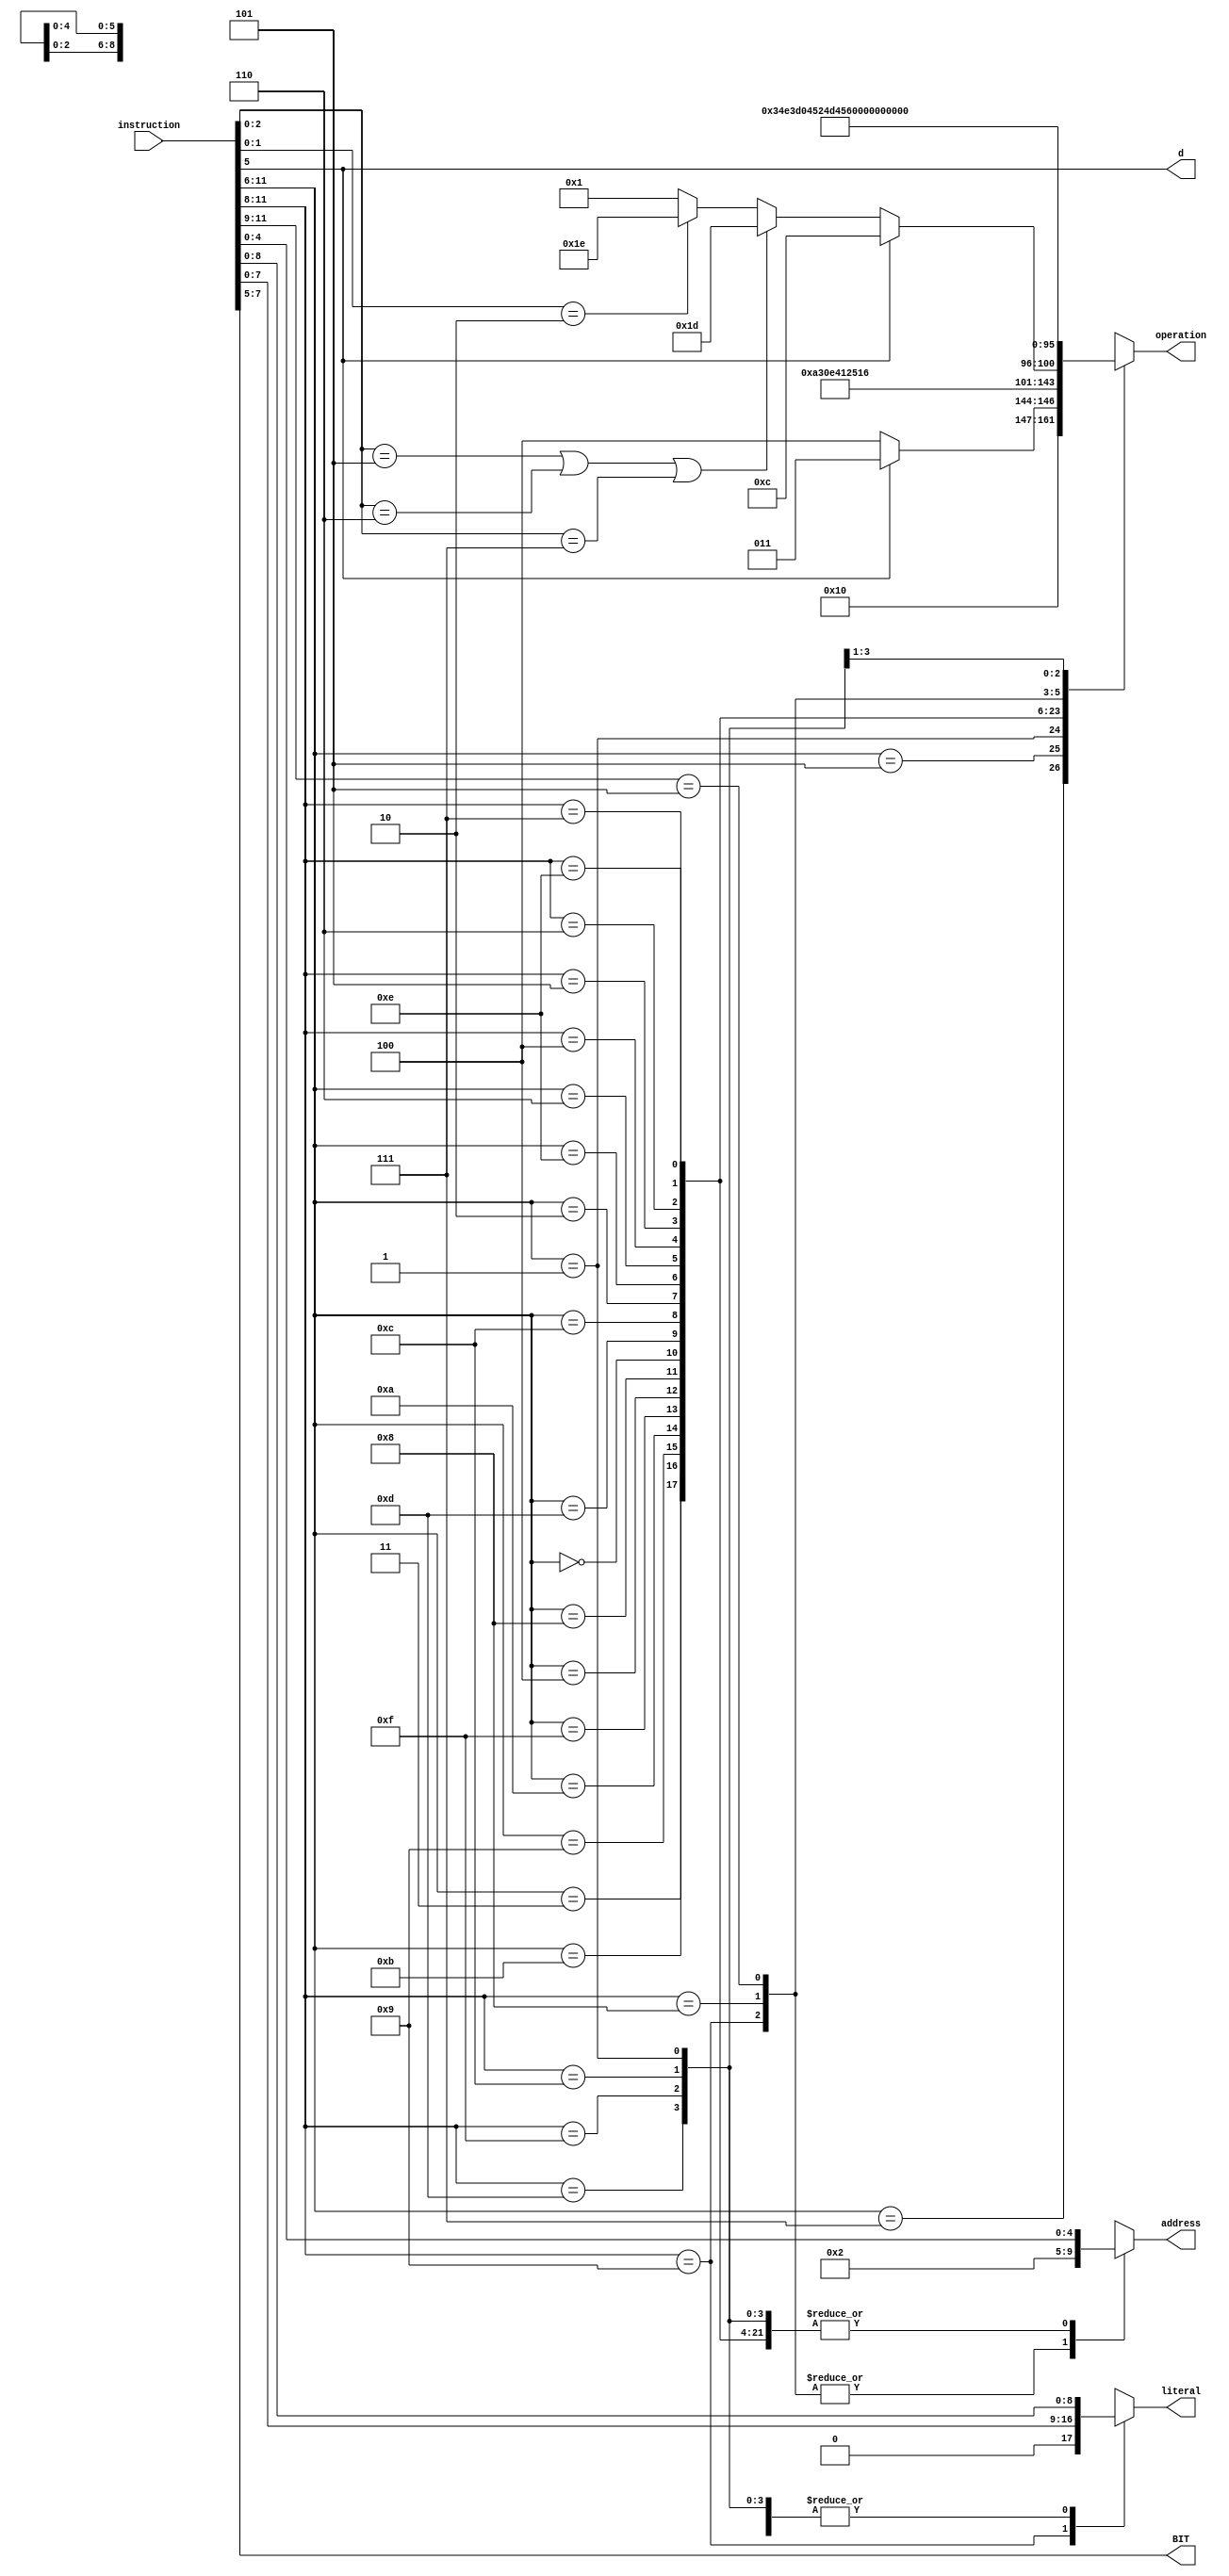
`timescale 1ns / 1ps
//////////////////////////////////////////////////////////////////////////////////
// Company: 
// Engineer: 
// 
// Design Name: 
// Module Name:    decoder 
// Project Name: 
// Target Devices: 
// Tool versions: 
// Description: 
//
// Dependencies: 
//
// Revision: 
// Revision 0.01 - File Created
// Additional Comments: 
//
//////////////////////////////////////////////////////////////////////////////////
module decoder(operation, literal, address, instruction, d, BIT);
	output	reg	[5:0]	operation;
	output	reg	[8:0]	literal;
	output	reg	[4:0]	address;
	output	reg			d;
	output	reg	[2:0]	BIT;
	input		[11:0]		instruction;

	parameter ADDWF = 6'd0;
	parameter OTHERS = 6'd1;
	parameter ANDWF = 6'd2;
	parameter CLRF = 6'd3;
	parameter CLRW = 6'd4;
	parameter DECF = 6'd5;
	parameter DECFSZ = 6'd6;
	parameter COMF = 6'd7;
	parameter INCF = 6'd8;
	parameter INCFSZ = 6'd9;
	parameter IORWF = 6'd10;
	parameter MOVF = 6'd11;
	parameter MOVWF = 6'd12;
	parameter RLF = 6'd13;
	parameter RRF = 6'd14;
	parameter SUBWF = 6'd15;
	parameter SWAPF = 6'd16;
	parameter XORWF = 6'd17;
	parameter BCF = 6'd18;
	parameter BSF = 6'd19;
	parameter BTFSC = 6'd20;
	parameter BTFSS = 6'd21;
	parameter ANDWL = 6'd22;
	parameter CALL = 6'd23;
	parameter RETLW = 6'd24;
	parameter GOTO = 6'd25;
	parameter IORLW = 6'd26;
	parameter XORLW = 6'd27;
	parameter MOVLW = 6'd28;
	parameter TRIS = 6'd29;
	parameter OPTION = 6'd30;
	
	always@(*)
	begin
		literal = instruction[8:0];
		d = instruction[5];
		BIT = instruction[7:5];
		address = instruction[4:0];
		casex(instruction[11:6])
			6'b000111:
			begin
				operation = ADDWF;
			end
			
			6'b000101:
			begin
				operation = ANDWF;
			end
			
			6'b000001:
			begin
				if(instruction[5] == 1)
				begin
					operation = CLRF;
				end
				else
				begin
					operation = CLRW;
				end
			end
			
			6'b000011:
			begin
				operation = DECF;
			end
			
			6'b001011:
			begin
				operation = DECFSZ;
			end
			
			6'b001001:
			begin
				operation = COMF;
			end
			
			6'b001010:
			begin
				operation = INCF;		
			end			

			6'b001111:
			begin
				operation = INCFSZ;		
			end

			6'b000100:
			begin
				operation = IORWF;		
			end

			6'b001000:
			begin
				operation = MOVF;			
			end

			6'b000000:
			begin
				if(instruction[5] == 1'b1)
				begin
					operation = MOVWF;		
				end
				else if(instruction[2:0] == 3'd5 || instruction[2:0] == 3'd6 || instruction[2:0] == 3'd7)
				begin
					operation = TRIS;	
				end
				else if(instruction[1:0] == 2'b10)
				begin
					operation = OPTION;	
				end
				else
				begin	//NOP
					operation = OTHERS;		
				end
			end

			6'b001101:
			begin
				operation = RLF;
			end

			6'b001100:
			begin
				operation = RRF;
			end
			
			6'b000010:
			begin
				operation = SUBWF;
			end
			
			6'b001110:
			begin
				operation = SWAPF;
			end
			
			6'b000110:
			begin
				operation = XORWF;
			end
			
			6'b0100xx:
			begin
				operation = BCF;
			end
			6'b0101xx:
			begin
				operation = BSF;
			end
			
			6'b0110xx:
			begin
				operation = BTFSC;
			end
			
			6'b0111xx:
			begin
				operation = BTFSS;
			end
			
			6'b1110xx:
			begin
				operation = ANDWL;
			end
			
			6'b1001xx:
			begin
				operation = CALL;
				address = 5'h02;
				literal = {1'b0,instruction[7:0]};
			end

			6'b1000xx:
			begin
				operation = RETLW;
				address = 5'h02;
			end
			
			6'b101xxx:
			begin
				operation = GOTO;
				address = 5'h02;
			end
			
			6'b1101xx:
			begin
				operation = IORLW;
			end
		
			6'b1111xx:
			begin
				operation = XORLW;
			end
		
			6'b1100xx:
			begin
				operation = MOVLW;
			end
			
			
			
			default:
			begin
				operation = OTHERS;
			end
		endcase
	end
endmodule